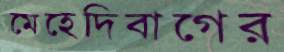
মেহেদিবাগের